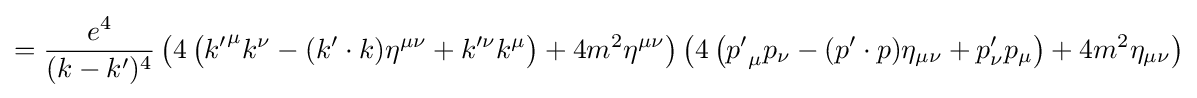
={\frac {e^{4}}{(k-k')^{4}}}\left(4\left({k'}^{\mu }k^{\nu }-(k'\cdot k)\eta ^{\mu \nu }+k'^{\nu }k^{\mu }\right)+4m^{2}\eta ^{\mu \nu }\right)\left(4\left({p'}_{\mu }p_{\nu }-(p'\cdot p)\eta _{\mu \nu }+p'_{\nu }p_{\mu }\right)+4m^{2}\eta _{\mu \nu }\right)